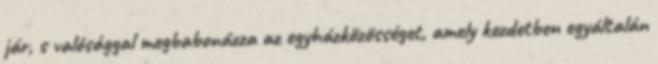
jár, s valósággal megbabonázza az egyházközösséget, amely kezdetben egyáltalán